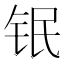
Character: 𲇸